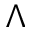
\Lambda